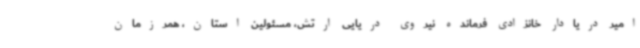
امیر دریادار خانزادی فرمانده نیروی دریایی ارتش، مسئولین استان، همرزمان